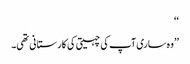
‘‘
’’وہ ساری آپ کی چہیتی کی کارستانی تھی۔